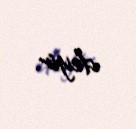
deyir.